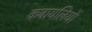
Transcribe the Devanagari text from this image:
कबायलियों